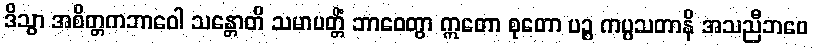
ဒိသွာ အစိတ္တကဘာဝေါ သန္တောတိ သမာပတ္တိံ ဘာဝေတွာ ဣတော စုတော ပဉ္စ ကပ္ပသတာနိ အသညီဘဝေ